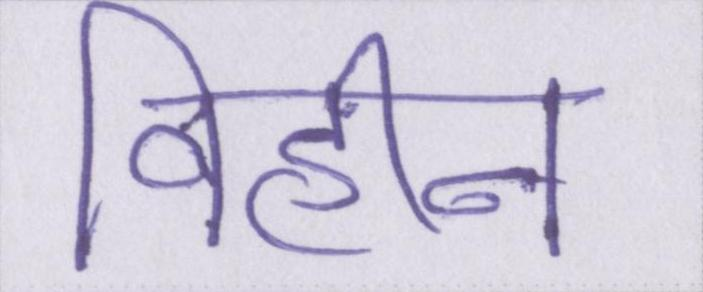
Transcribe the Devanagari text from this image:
विहीन